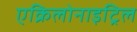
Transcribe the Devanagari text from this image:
एक्रिलोनाइट्रिल